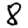
Digit: 8